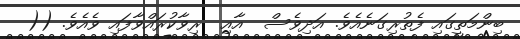
ބިންމަތީގައި ފެތުރިގަނެއެވެ. އަދިވެސް  އާއި  ރިވާކުރައްވާފައި ވެއެވެ. ((